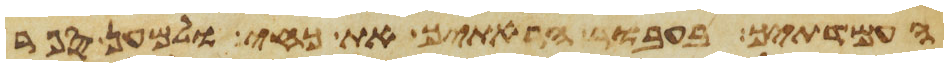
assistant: העמדתיך בעבור הראתיך את כחי ולמען ספר